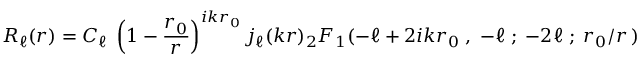
R _ { \ell } ( r ) = C _ { \ell } \; \left( 1 - { \frac { r _ { 0 } } { r } } \right) ^ { i k r _ { 0 } } j _ { \ell } ( k r ) { } _ { 2 } F _ { 1 } ( - \ell + 2 i k r _ { 0 } \; , \; - \ell \; ; \; - 2 \ell \; ; \; r _ { 0 } / r \, )